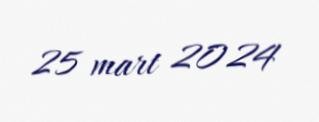
25 mart 2024